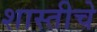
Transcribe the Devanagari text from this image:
शास्तीचे